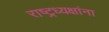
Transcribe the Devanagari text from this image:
राष्ट्रध्यक्षांना